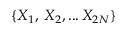
\{ X _ { 1 } , \, X _ { 2 } , . . . \, X _ { 2 N } \}